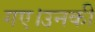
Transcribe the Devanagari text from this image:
गए।उनकी